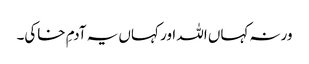
ورنہ کہاں اللہ اور کہاں یہ آدمِ خاکی۔